Indian journal of veterinary science and animal husbandry - Volume 10,
Year: 1940
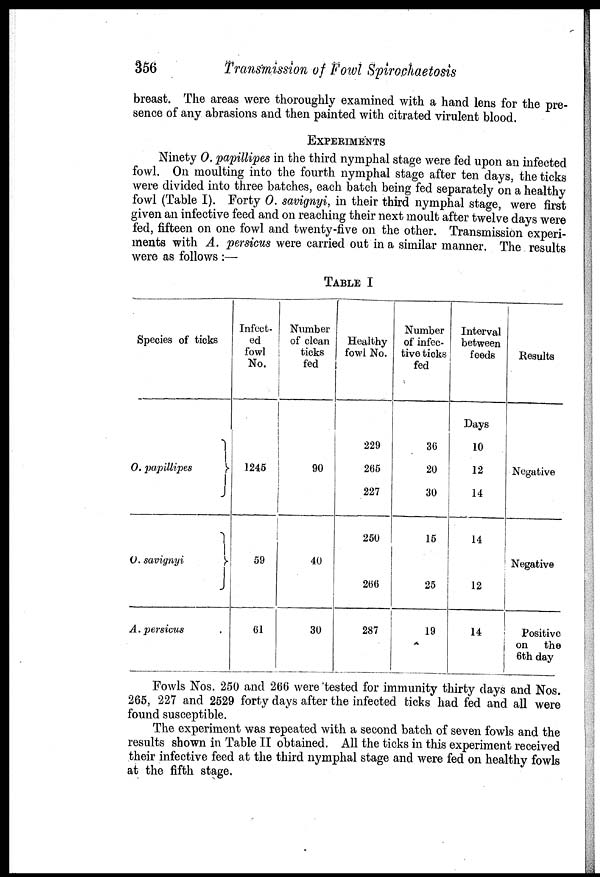
356
Transmission of Fowl Spirochaetosis
breast. The areas were thoroughly examined with a hand lens for the pre-
sence of any abrasions and then painted with citrated virulent blood.
EXPERIMENTS
Ninety O. papillipes in the third nymphal stage were fed upon an infected
fowl. On moulting into the fourth nymphal stage after ten days, the ticks
were divided into three batches, each batch being fed separately on a healthy
fowl (Table I). Forty O. savignyi, in their third nymphal stage, were first
given an infective feed and on reaching their next moult after twelve days were
fed, fifteen on one fowl and twenty-five on the other. Transmission experi-
ments with A. persicus were carried out in a similar manner. The results
were as follows :—
TABLE I
Species of ticks
O. papillipes
}
O. savignyi
}
A. persicus
Infect-
ed
fowl
No.
1245
59
61
Number
of clean
ticks
fed
90
40
30
Healthy
fowl No.
229
265
227
250
266
287
Number
of infec-
tive ticks
fed
36
20
30
15
25
19
Interval
between
feeds
Days
10
12
14
14
12
14
Results
Negative
Negative
Positive
on
the
6th day
Fowls Nos. 250 and 266 were tested for immunity thirty days and Nos.
265, 227 and 2529 forty days after the infected ticks had fed and all were
found susceptible.
The experiment was repeated with a second batch of seven fowls and the
results shown in Table II obtained. All the ticks in this experiment received
their infective feed at the third nymphal stage and were fed on healthy fowls
at the fifth stage.